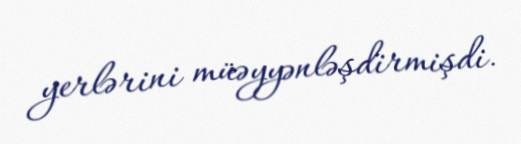
yerlərini müəyyənləşdirmişdi.